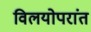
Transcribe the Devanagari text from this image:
विलयोपरांत